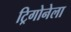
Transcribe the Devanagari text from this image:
ट्रिगोनेला